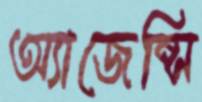
অ্যাজেন্সি